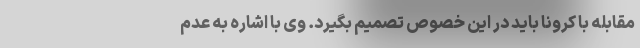
مقابله با کرونا باید در این خصوص تصمیم بگیرد. وی با اشاره به عدم